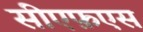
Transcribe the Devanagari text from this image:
सीएफ़एस